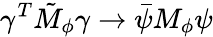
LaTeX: \gamma^{T}\tilde{M}_{\phi}\gamma\to\bar{\psi}M_{\phi}\psi